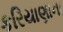
કરિયાણાના